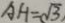
A H = \sqrt { 3 }